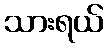
သားရယ်